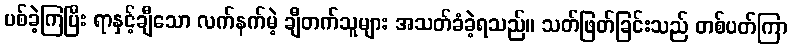
ပစ်ခဲ့ကြပြီး ရာနှင့်ချီသော လက်နက်မဲ့ ချီတက်သူများ အသတ်ခံခဲ့ရသည်။ သတ်ဖြတ်ခြင်းသည် တစ်ပတ်ကြာ